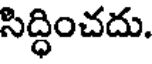
సిద్ధించదు.